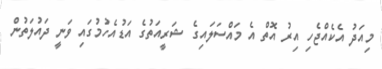
މިއަދު އެކެއްޖެހި އިރު އޮތް އެ މައްސަލައިގެ ޝަރީއަތުގެ އަޑުއެހުމުގައި ވަނީ ދައުލަތުން